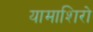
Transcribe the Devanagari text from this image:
यामाशिरो